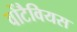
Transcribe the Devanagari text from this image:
वोंटैवियस